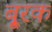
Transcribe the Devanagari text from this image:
बू्रक